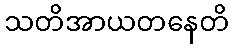
သတိအာယတနေတိ